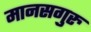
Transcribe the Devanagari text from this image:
मानसगुरु